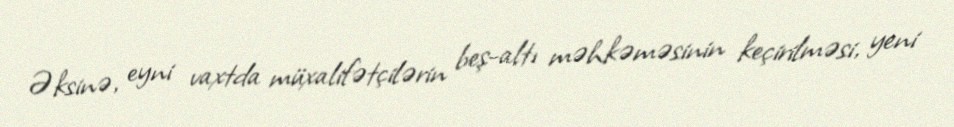
Əksinə, eyni vaxtda müxalifətçilərin beş-altı məhkəməsinin keçirilməsi, yeni